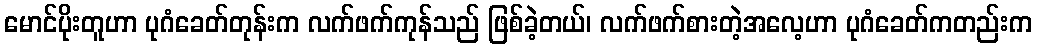
မောင်ပိုးတူဟာ ပုဂံခေတ်တုန်းက လက်ဖက်ကုန်သည် ဖြစ်ခဲ့တယ်၊ လက်ဖက်စားတဲ့အလေ့ဟာ ပုဂံခေတ်ကတည်းက